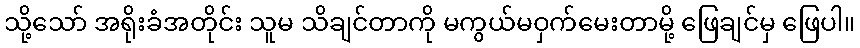
သို့သော် အရိုးခံအတိုင်း သူမ သိချင်တာကို မကွယ်မဝှက်မေးတာမို့ ဖြေချင်မှ ဖြေပါ။